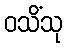
ဝသိံသု